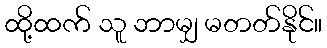
ထို့ထက် သူ ဘာမျှ မတတ်နိုင်။